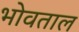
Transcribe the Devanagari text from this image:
भोवताल